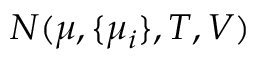
N ( \mu , \{ \mu _ { i } \} , T , V )